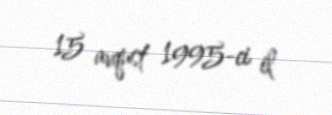
15 avqust 1995-ci il